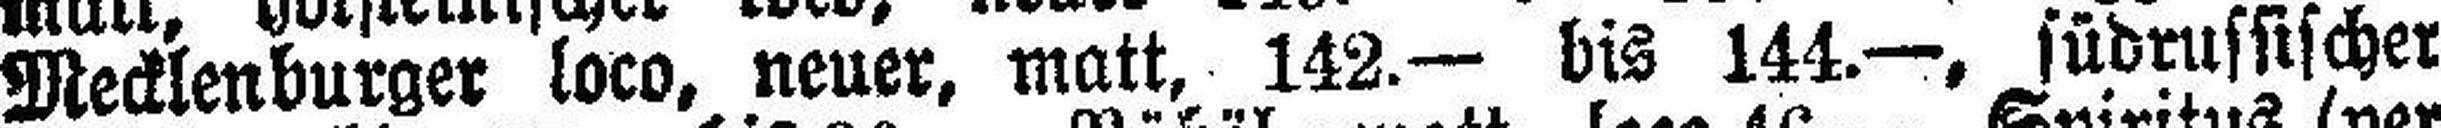
Mecklenburger loco, neuer, matt, 142.— bis 144.—, südrussischer